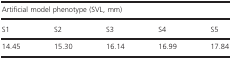
<table><thead><tr><td colspan="5"><b>Artificial model phenotype (SVL, mm)</b></td></tr><tr><td><b>S1</b></td><td><b>S2</b></td><td><b>S3</b></td><td><b>S4</b></td><td><b>S5</b></td></tr></thead><tbody><tr><td>14.45</td><td>15.30</td><td>16.14</td><td>16.99</td><td>17.84</td></tr></tbody></table>